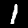
Digit: 1